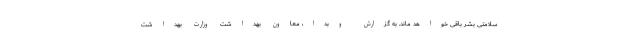
سلامتی بشر باقی خواهد ماند. به گزارش وبدا، معاون بهداشت وزارت بهداشت